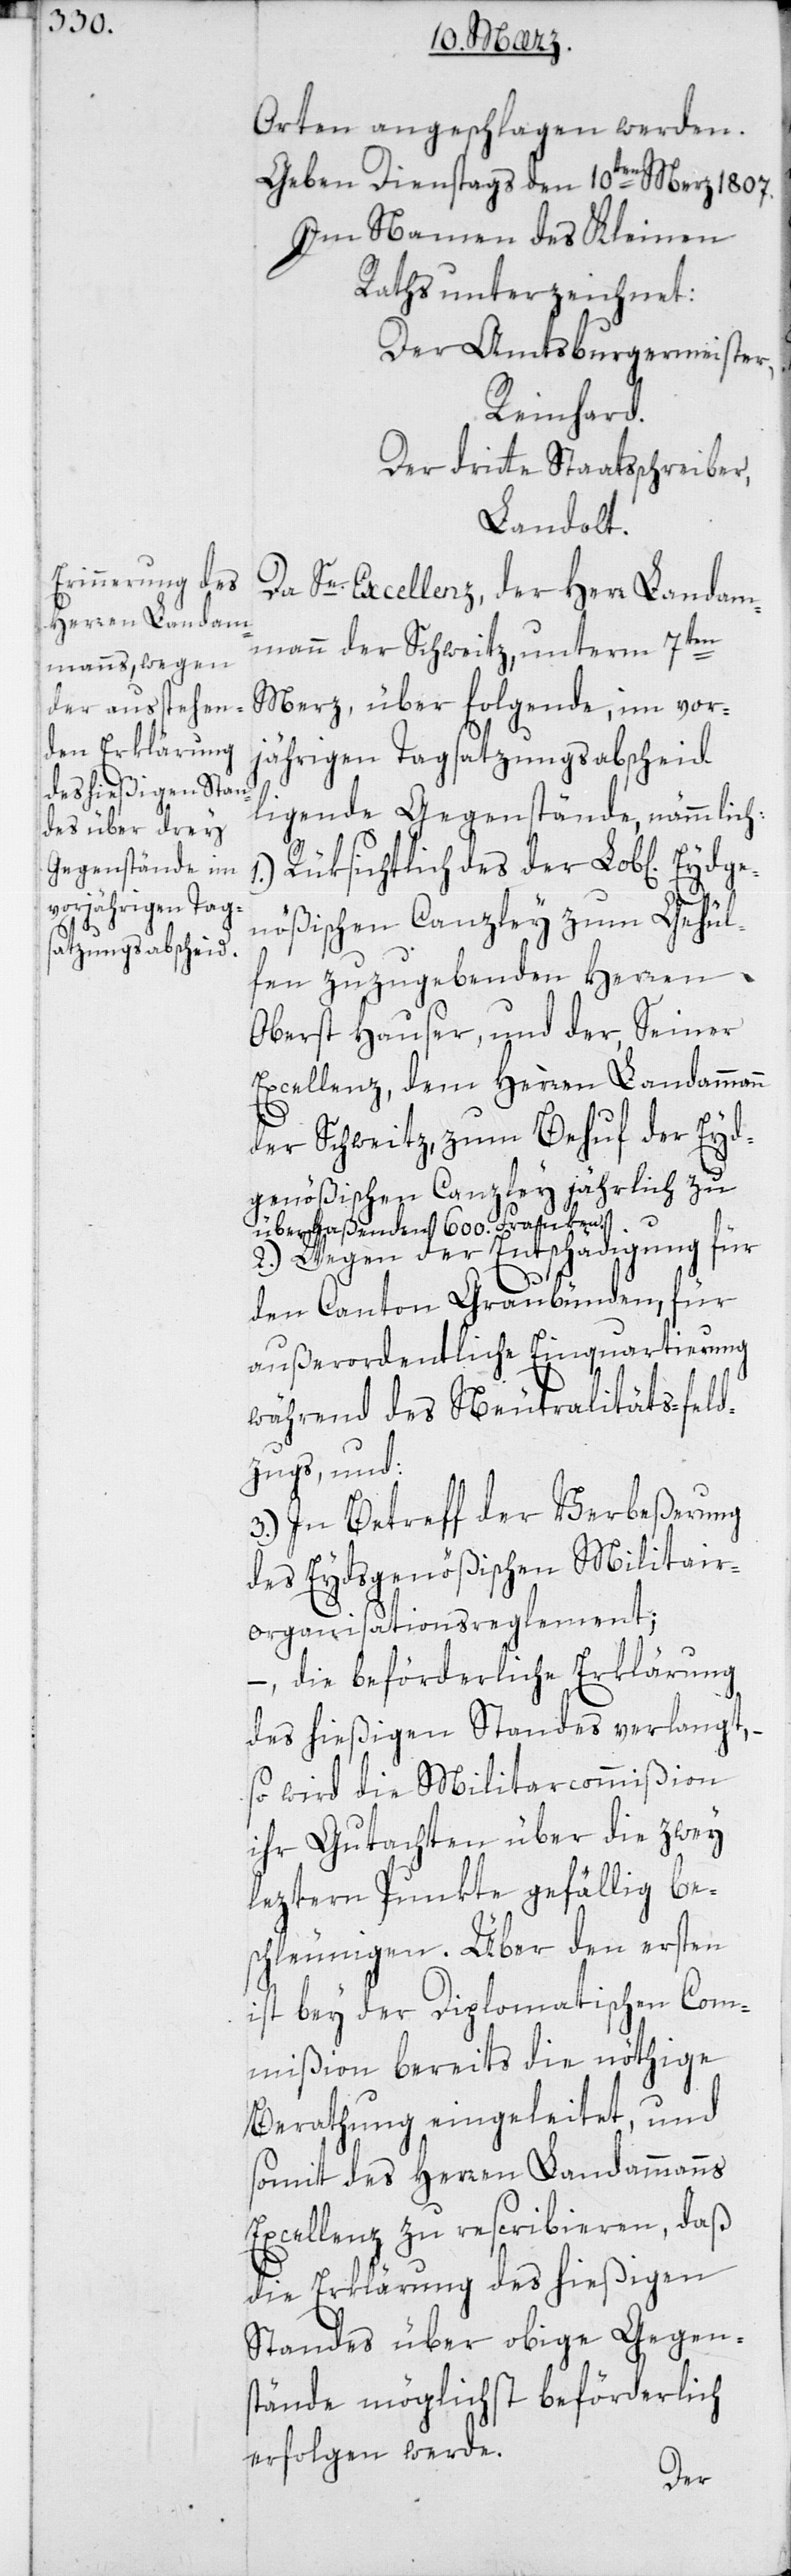
Orten angeschlagen werden.
Geben Dienstags den 10ten Merz 1807.
Im Namen des Kleinen
Raths unterzeichnet:
Der Amtsburgermeister
Reinhard.
Der dritte Staatßchreiber,
Landolt.
Da Se. Excellenz der Herr Landam¬
Eydge¬
mann der Schweitz, unterm 7ten
Merz, über folgende, im vor¬
jährigen Tagsatzungsabscheid
liegende Gegenstände, nämmlich:
1.) Rüksichtlich des der Lob[liche¬
nößischen Canzley zum Gehül¬
fen zuzugebenden Herren
Oberst Hauser, und der, Seiner
Excellenz, dem Herren Landammann
der Schweitz, zum Behuf der Eyd¬
genößischen Canzley jährlich zu
überlaßenden 600. Franken.
2.) Wegen der Entschädigung für
den Canton Graubünden, für
außerordentliche Einquartierung
während des Neutralitäts-feld¬
zugs, und:
3.) In Betreff der Verbeßerung
des Eydsgenößischen Militair¬
organisationsreglement;
–, die beförderliche Erklärung
des hießigen Standes verlangt, –
so wird die Militarcommißion
ihr Gutachten über die zwey
leztern Punkte gefällig be¬
schleunigen. Über den ersten
ist bey der Diplomatischen Com¬
mißion bereits die nöthige
Berathung eingeleitet, und
somit des Herren Landammanns
Excellenz zu rescribieren, daß
die Erklärung des hießigen
Standes über obige Gegen¬
stände möglichst beförderlich
erfolgen werde.